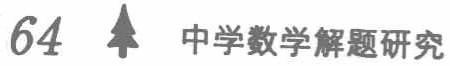
64  中学数学解题研究